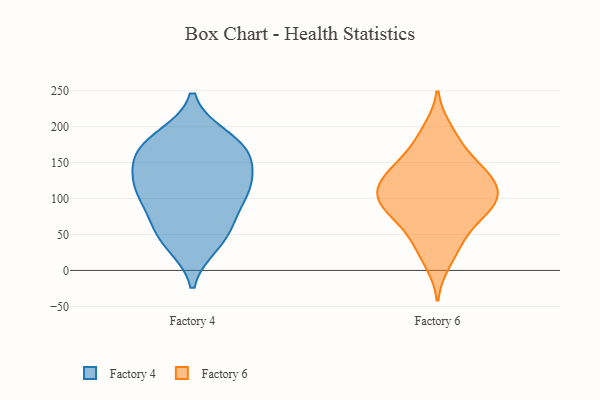
{"axis": {"x": "Churn Rate (%)", "y": "Value"}, "legend": ["Factory 4", "Factory 6"], "data": [{"x": "", "y": 42, "type": "Factory 4"}, {"x": "", "y": 149, "type": "Factory 4"}, {"x": "", "y": 112, "type": "Factory 4"}, {"x": "", "y": 162, "type": "Factory 4"}, {"x": "", "y": 123, "type": "Factory 4"}, {"x": "", "y": 64, "type": "Factory 4"}, {"x": "", "y": 171, "type": "Factory 4"}, {"x": "", "y": 185, "type": "Factory 4"}, {"x": "", "y": 159, "type": "Factory 4"}, {"x": "", "y": 109, "type": "Factory 4"}, {"x": "", "y": 115, "type": "Factory 4"}, {"x": "", "y": 64, "type": "Factory 4"}, {"x": "", "y": 37, "type": "Factory 4"}, {"x": "", "y": 102, "type": "Factory 4"}, {"x": "", "y": 180, "type": "Factory 4"}, {"x": "", "y": 148, "type": "Factory 6"}, {"x": "", "y": 11, "type": "Factory 6"}, {"x": "", "y": 141, "type": "Factory 6"}, {"x": "", "y": 134, "type": "Factory 6"}, {"x": "", "y": 124, "type": "Factory 6"}, {"x": "", "y": 70, "type": "Factory 6"}, {"x": "", "y": 116, "type": "Factory 6"}, {"x": "", "y": 110, "type": "Factory 6"}, {"x": "", "y": 183, "type": "Factory 6"}, {"x": "", "y": 78, "type": "Factory 6"}, {"x": "", "y": 81, "type": "Factory 6"}, {"x": "", "y": 103, "type": "Factory 6"}, {"x": "", "y": 108, "type": "Factory 6"}, {"x": "", "y": 36, "type": "Factory 6"}, {"x": "", "y": 87, "type": "Factory 6"}, {"x": "", "y": 196, "type": "Factory 6"}, {"x": "", "y": 42, "type": "Factory 6"}, {"x": "", "y": 154, "type": "Factory 6"}, {"x": "", "y": 98, "type": "Factory 6"}]}